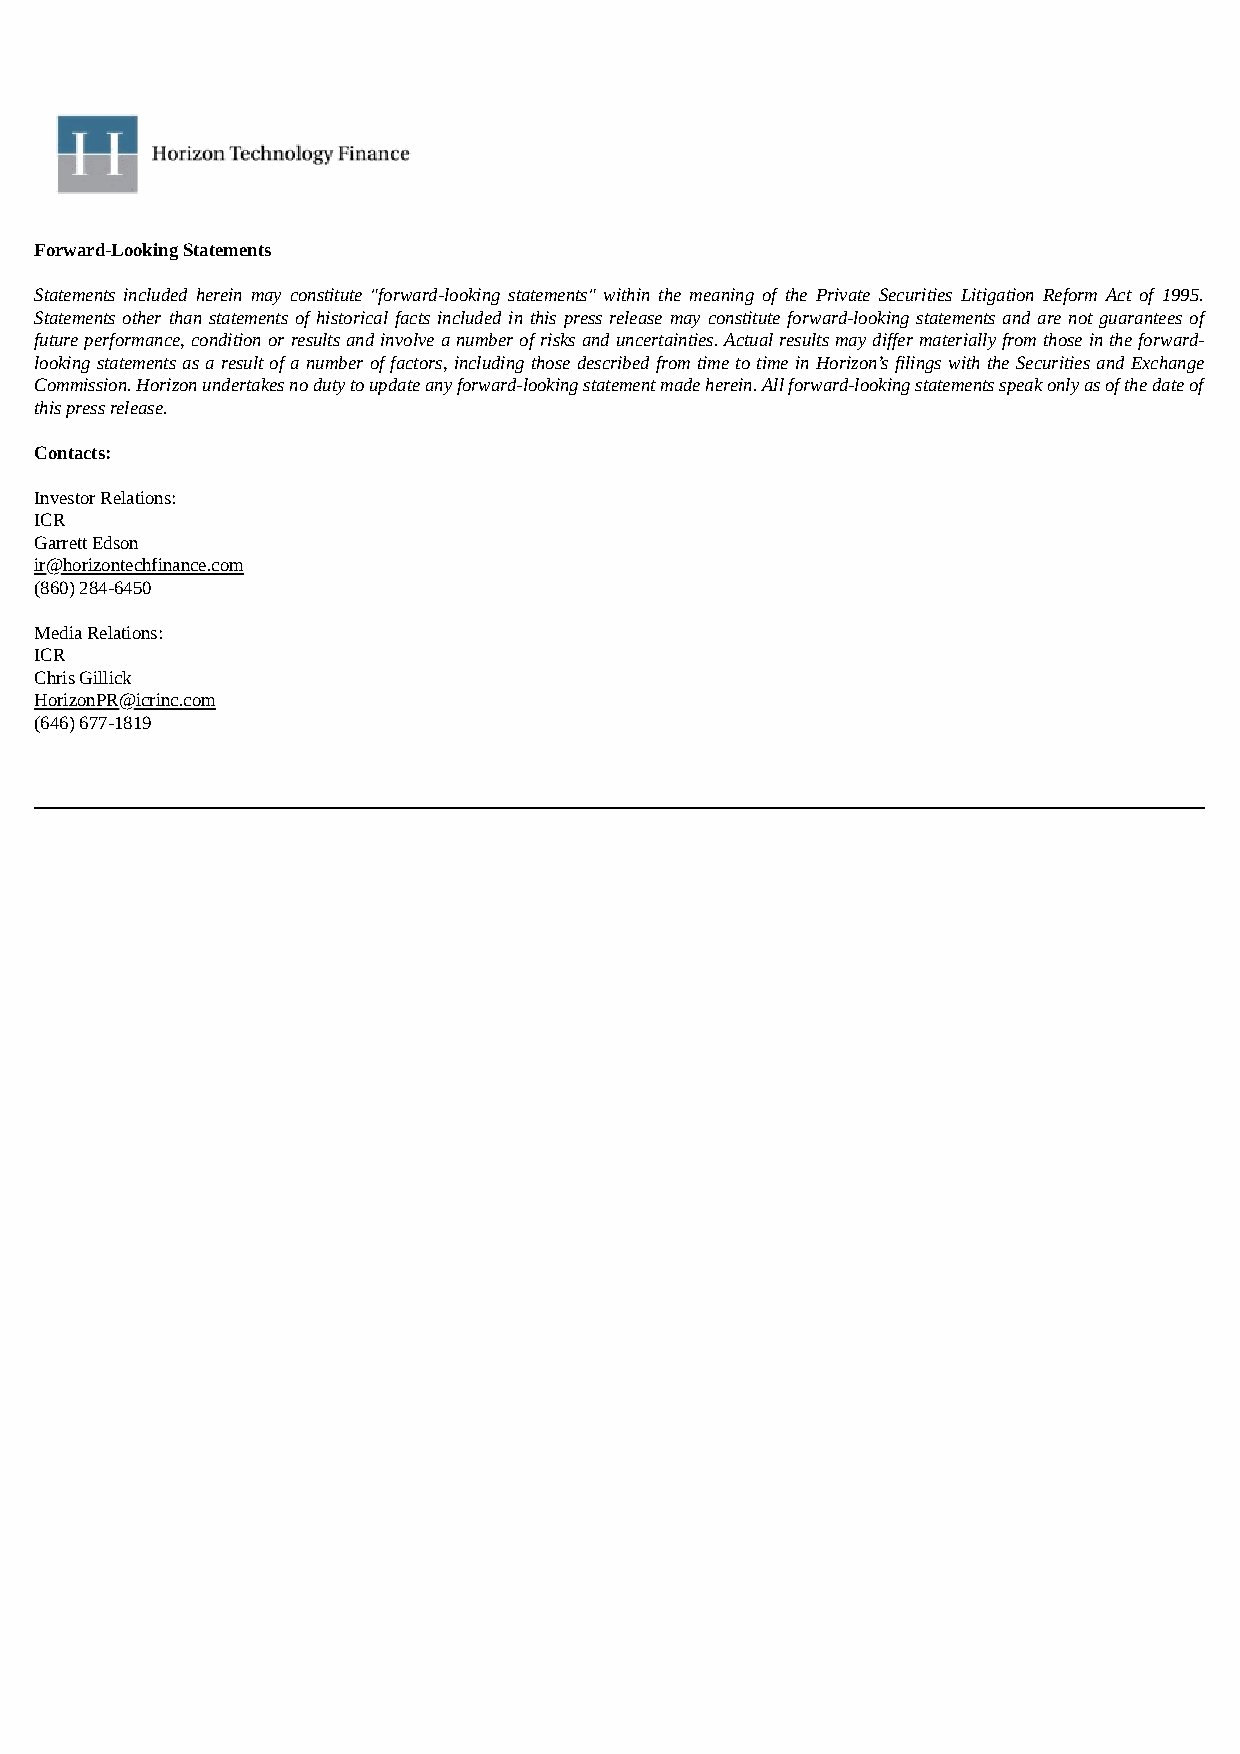
Forward-Looking Statements
 Statements included herein may constitute "forward-looking statements" within the meaning of the Private Securities Litigation Reform Act of 1995.
 Statements other than statements of historical facts included in this press release may constitute forward-looking statements and are not guarantees of
 future performance, condition or results and involve a number of risks and uncertainties. Actual results may differ materially from those in the forward-
 looking statements as a result of a number of factors, including those described from time to time in Horizon’s filings with the Securities and Exchange
 Commission. Horizon undertakes no duty to update any forward-looking statement made herein. All forward-looking statements speak only as of the date of
 this press release.
 Contacts:
 Investor Relations:
 ICR
 Garrett Edson
 ir@horizontechfinance.com
 (860) 284-6450
 Media Relations:
 ICR
 Chris Gillick
 HorizonPR@icrinc.com
 (646) 677-1819